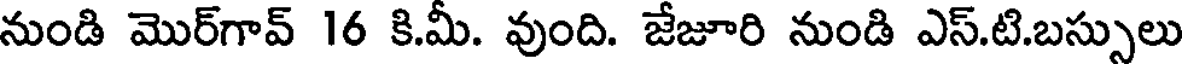
నుండి మొర్గావ్ 16 కి.మీ. వుంది. జేజూరి నుండి ఎస్.టి.బస్సులు